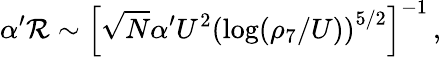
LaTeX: \alpha^{\prime}{\cal{R}}\sim\left[\sqrt{N}\alpha^{\prime}U^{2}\left(\log(\rho_{7}/U)\right)^{5/2}\right]^{-1}\, ,